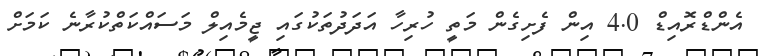
އެންޑްރޮއިޑް 4.0 އިން ފެށިގެން މަތީ ހުރިހާ އަދަދުތަކުގައި ޖީމެއިލް މަސައްކަތްކުރާނެ ކަމަށް